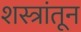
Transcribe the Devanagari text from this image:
शस्त्रांतून